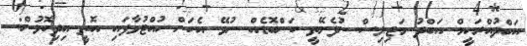
އަބްދުއްރަހީމް އަބްދު މަޖިލިސް ނުފެށޭތީ ކަންބޮޑެއް ނުވޭ އެކަން ހުއްޓުވާފައި އޮތީ އިދިކޮޅުން: